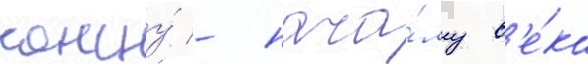
концу́ - нача́лу в'е́ка